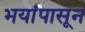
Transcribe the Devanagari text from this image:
भयांपासून